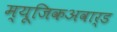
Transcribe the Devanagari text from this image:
म्यूजिकअवार्ड